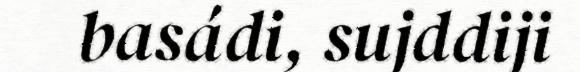
basádi, sujddiji